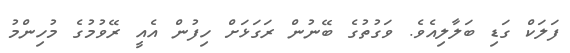
ފަލަކް ގަޑި ބަލާލިއެވެ. ވަގުތުގެ ބޭނުން ރަގަޅަށް ހިފުން އެއީ ރޭވުމުގެ މުހިންމު